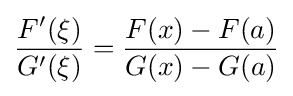
{\frac {F'(\xi )}{G'(\xi )}}={\frac {F(x)-F(a)}{G(x)-G(a)}}